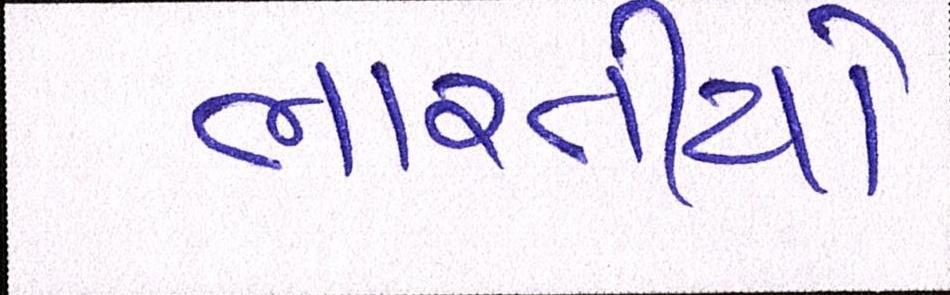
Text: ભારતીયો